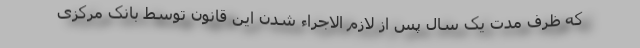
که ظرف مدت یک سال پس از لازم الاجراء شدن این قانون توسط بانک مرکزی